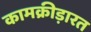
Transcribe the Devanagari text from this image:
कामक्रीड़ारत